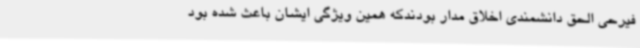
فیرحی الحق دانشمندی اخلاق مدار بودندکه همین ویژگی ایشان باعث شده بود